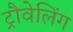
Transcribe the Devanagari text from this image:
ट्रौवेलिंग